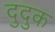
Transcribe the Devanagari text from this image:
दुदुक